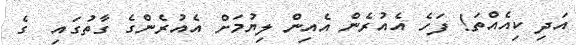
އަދި ކިއެއްތަ! ފަހެ އެއުރެން އެއިން ލިޔުމަށް އެއުރެންގެ ގާތުގައި  ގެ